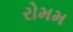
રોમમ